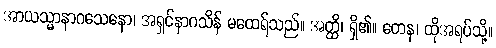
အာယသ္မာနာဂသေနော၊ အရှင်နာဂသိန် မထေရ်သည်။ အတ္ထိ၊ ရှိ၏။ တေန၊ ထိုအရပ်သို့။